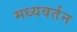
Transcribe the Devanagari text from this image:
मध्यवर्तन